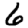
Digit: 6